Annual administration report of the Civil Veterinary Department of India - 1897-1898
Year: 1897
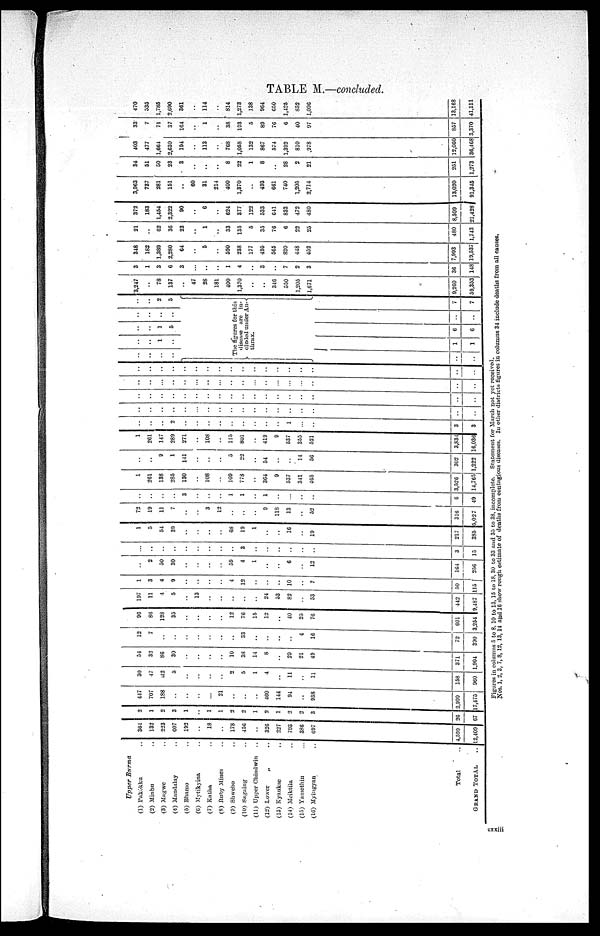
TABLE M.—concluded.
Upper Burma
(1) Pakokku ..
(2) Minbu ..
(3) Magwe ..
(4) Mandalay ..
(5) Bhamo ..
(6) Mytikyina ..
(7) Katha ..
(8) Ruby Mines ..
(9) Shwebo ..
(10) Sagaing ..
(11) Upper Chindwin ..
(12) Lower
„ ..
(13) Kyaukse ..
(14) Meiktila ..
(15) Yamethin ...
(16) Myingyan ..
Total
..
GRAND TOTAL ..
364
132
223
607
192
..
18
..
178
456
..
326
227
793
386
697
4,599
12,409
2
1
2
3
1
..
1
1
2
2
1
2
1
2
2
3
26
67
417
707
188
..
..
..
..
21
..
..
..
460
144
94
..
938
2,999
17,475
30
47
42
5
..
..
..
..
2
5
1
4
..
11
..
11
158
960
54
32
86
30
..
..
..
..
10
38
14
8
..
29
21
49
371
1,904
12
7
..
..
..
..
..
..
..
33
..
..
..
..
..
4
16
72
390
96
86
128
35
..
..
..
..
12
76
15
12
..
40
25
76
601
3,254
197
11
4
5
..
13
..
..
..
..
..
24
53
82
..
53
442
9,187
1
3
4
9
..
..
..
..
4
12
..
..
..
10
..
7
50
15
..
2
50
30
..
..
..
..
59
4
1
..
..
6
..
12
164
256
..
..
..
..
..
..
..
..
..
3
..
..
..
..
..
..
3
15
1
5
54
39
..
..
..
..
68
19
1
..
..
16
..
19
217
385
72
19
11
7
..
..
3
12
..
..
..
..
9
118
13
..
52
316
5,027
..
..
..
..
3
..
..
..
1
1
..
1
..
..
..
..
6
49
1
261
138
285
130
..
108
..
109
778
..
364
9
537
341
465
3,526
14,765
..
..
9
1
141
..
..
..
5
22
..
54
..
..
14
56
302
1,222
1
261
147
289
271
..
108
..
115
801
..
419
9
537
355
521
3,831
16,036
..
..
..
2
..
..
..
..
..
..
..
..
..
1
...
..
3
3
..
..
..
..
..
..
..
..
..
..
..
..
..
..
..
..
..
..
..
..
..
..
..
..
..
..
..
..
..
..
..
..
..
..
..
..
..
..
..
..
..
..
..
..
..
..
..
..
..
..
..
..
..
..
..
..
..
..
..
..
..
..
..
..
..
..
..
..
..
..
..
..
..
..
..
..
..
..
1
..
..
..
1
5
..
..
..
..
..
..
2
5
The figures for this
disease are in-
cluded under An-
thrax.
..
..
1
1
6
6
..
..
7
7
3,247
..
78
137
..
47
28
181
400
1,370
..
..
346
550
1,205
1,671
9,260
59,353
3
1
3
6
3
..
..
..
1
4
..
3
..
7
2
3
36
148
348
182
1,389
2,280
64
..
5
..
590
238
177
495
565
820
448
452
7,993
19,537
21
..
62
36
23
..
1
..
33
135
5
35
76
6
22
25
480
1,743
372
183
1,454
2,322
90
..
6
..
624
377
122
533
641
833
472
480
8,509
21,428
3,963
737
281
151
..
60
31
214
400
1,370
..
493
661
740
1,205
2,714
13,020
91,345
34
51
50
23
3
..
..
..
8
22
1
8
..
28
2
21
251
1,273
403
477
1,664
2,630
194
..
113
..
768
1,058
132
867
574
1,392
810
978
12,060
36,468
33
7
71
37
164
..
1
..
38
193
5
89
76
6
40
97
857
3,370
470
535
1,785
2,690
361
..
114
..
814
1,273
138
964
650
1,425
852
1,096
13,168
41,111
Figures in columns 5 to 8, 10 to 13, 15 to 18, 30 to 33 and 35 to 38, incomplete. Statement for March not yet received.
Nos. 1, 2, 3, 7, 8, 12, 13, 14 and 16 show rough estimate of deaths from contagious diseases. In other districts figures in columns 34 include deaths from all causes.
cxxiii